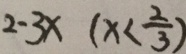
2 - 3 x ( x < \frac { 2 } { 3 } )